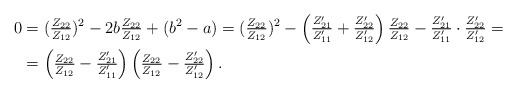
\begin{align*}0&=(\tfrac{Z_{22}}{Z_{12}})^2-2b\tfrac{Z_{22}}{Z_{12}}+(b^2-a)=(\tfrac{Z_{22}}{Z_{12}})^2-\left(\tfrac{Z'_{21}}{Z'_{11}}+ \tfrac{Z'_{22}}{Z'_{12}}\right)\tfrac{Z_{22}}{Z_{12}}-\tfrac{Z'_{21}}{Z'_{11}}\cdot \tfrac{Z'_{22}}{Z'_{12}}=\\&=\left(\tfrac{Z_{22}}{Z_{12}}-\tfrac{Z'_{21}}{Z'_{11}}\right)\left(\tfrac{Z_{22}}{Z_{12}}-\tfrac{Z'_{22}}{Z'_{12}}\right). \end{align*}